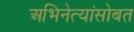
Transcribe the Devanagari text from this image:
अभिनेत्यांसोबत